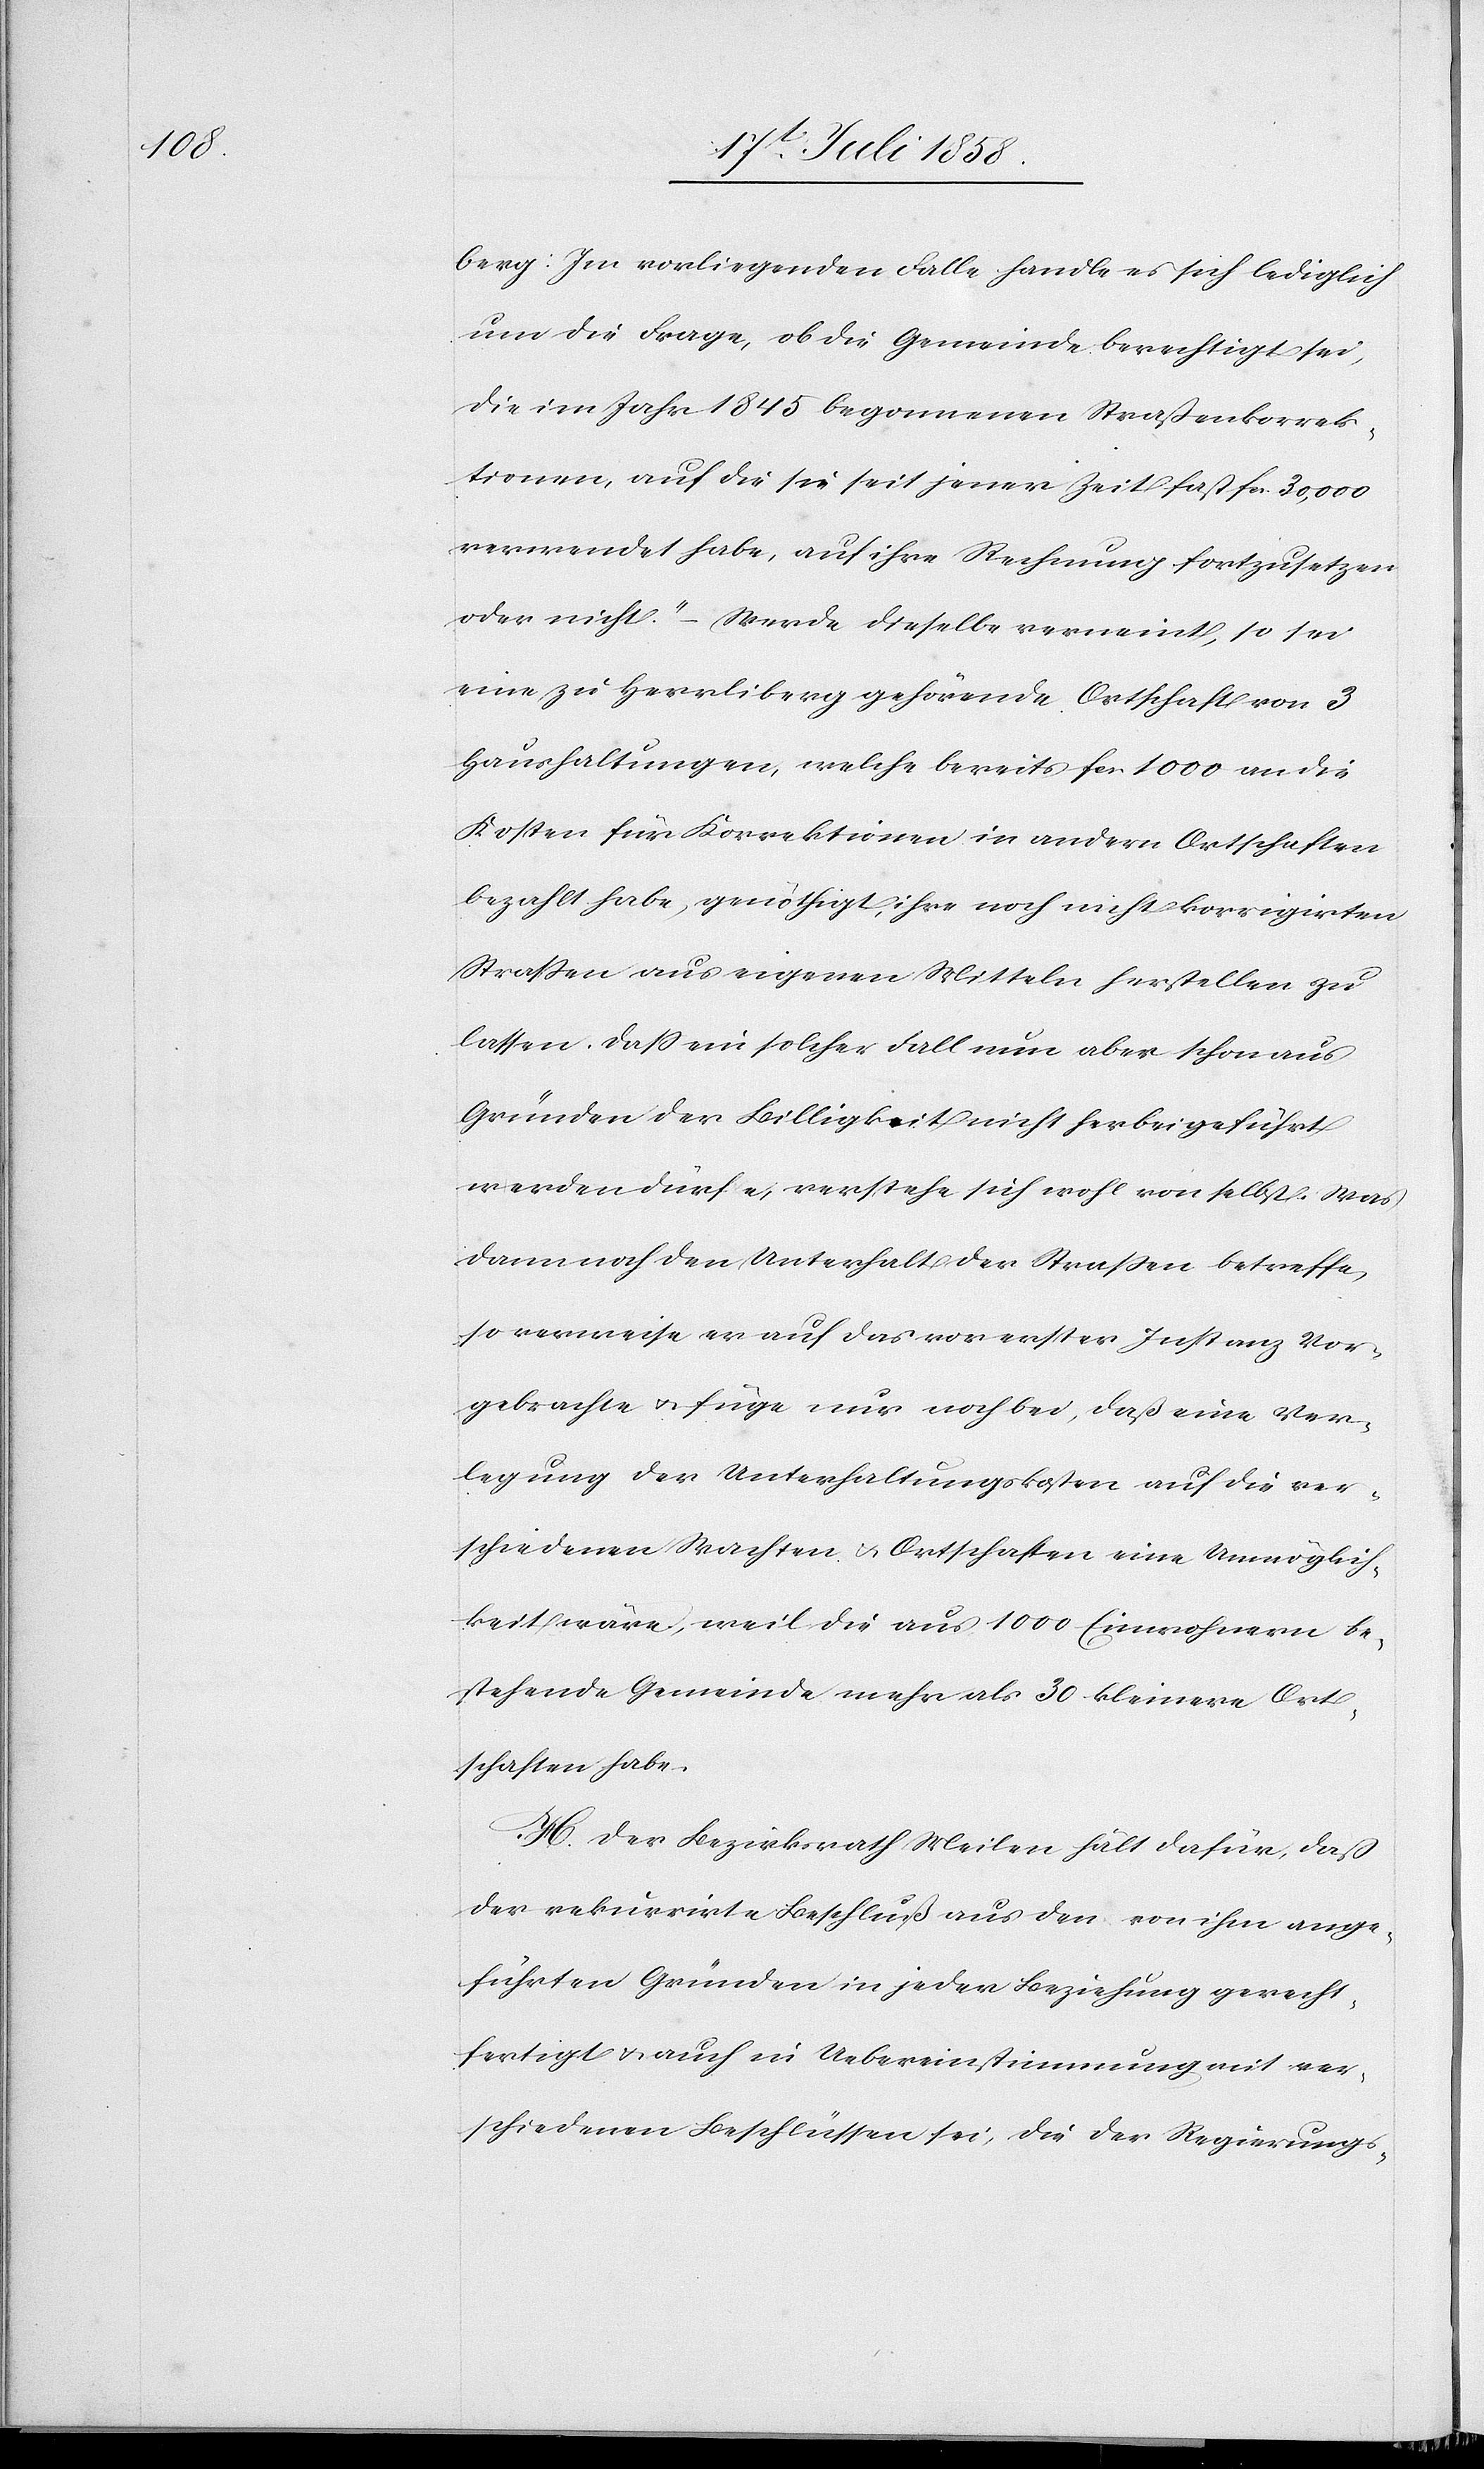
berg: [„]Im vorliegenden Falle handle es sich lediglich
um die Frage, ob die Gemeinde berechtigt sei,
die im Jahr 1845 begonnenen Straßenkorrek¬
tionen, auf die sie seit jener Zeit fast Fcs. 30,000
verwendet habe, auf ihre Rechnung fortzusetzen
oder nicht.“ – Werde dieselbe verneint, so sei
eine zu Herrliberg gehörende Ortschaft von 3
Haushaltungen, welche bereits Fcs. 1000 an die
Kosten für Korrektionen in andern Ortschaften
bezahlt habe, genöthigt, ihre noch nicht korrigirten
Straßen aus eigenen Mitteln herstellen zu
lassen. Dass ein solcher Fall nun aber schon aus
Gründen der Billigkeit nicht herbeigeführt
werden dürfe, verstehe sich wohl von selbst. Was
dann noch den Unterhalt der Strassen betreffe,
so verweise er auf das vor erster Instanz Vor¬
gebrachte & füge nur noch bei, daß eine Ver¬
legung der Unterhaltungskosten auf die ver¬
schiedenen Wachten & Ortschaften eine Unmöglich¬
keit wäre, weil die aus 1000 Einwohnern be¬
stehende Gemeinde mehr als 30 kleinere Ort¬
schaften habe.
H. Der Bezirksrath Meilen hält dafür, daß
der rekurrirte Beschluß aus den von ihm ange¬
führten Gründen in jeder Beziehung gerecht¬
fertigt & auch in Uebereinstimmung mit ver¬
schiedenen Beschlüssen sei, die der Regierungs-